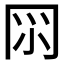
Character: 𠕘